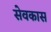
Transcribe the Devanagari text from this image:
सेवकास